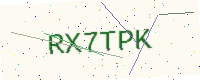
Text: RX7TPK